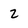
Character: 2